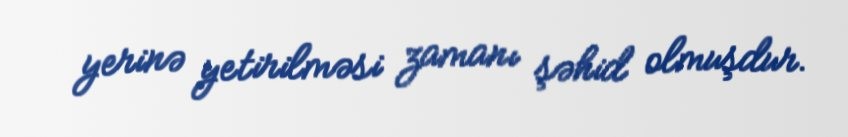
yerinə yetirilməsi zamanı şəhid olmuşdur.